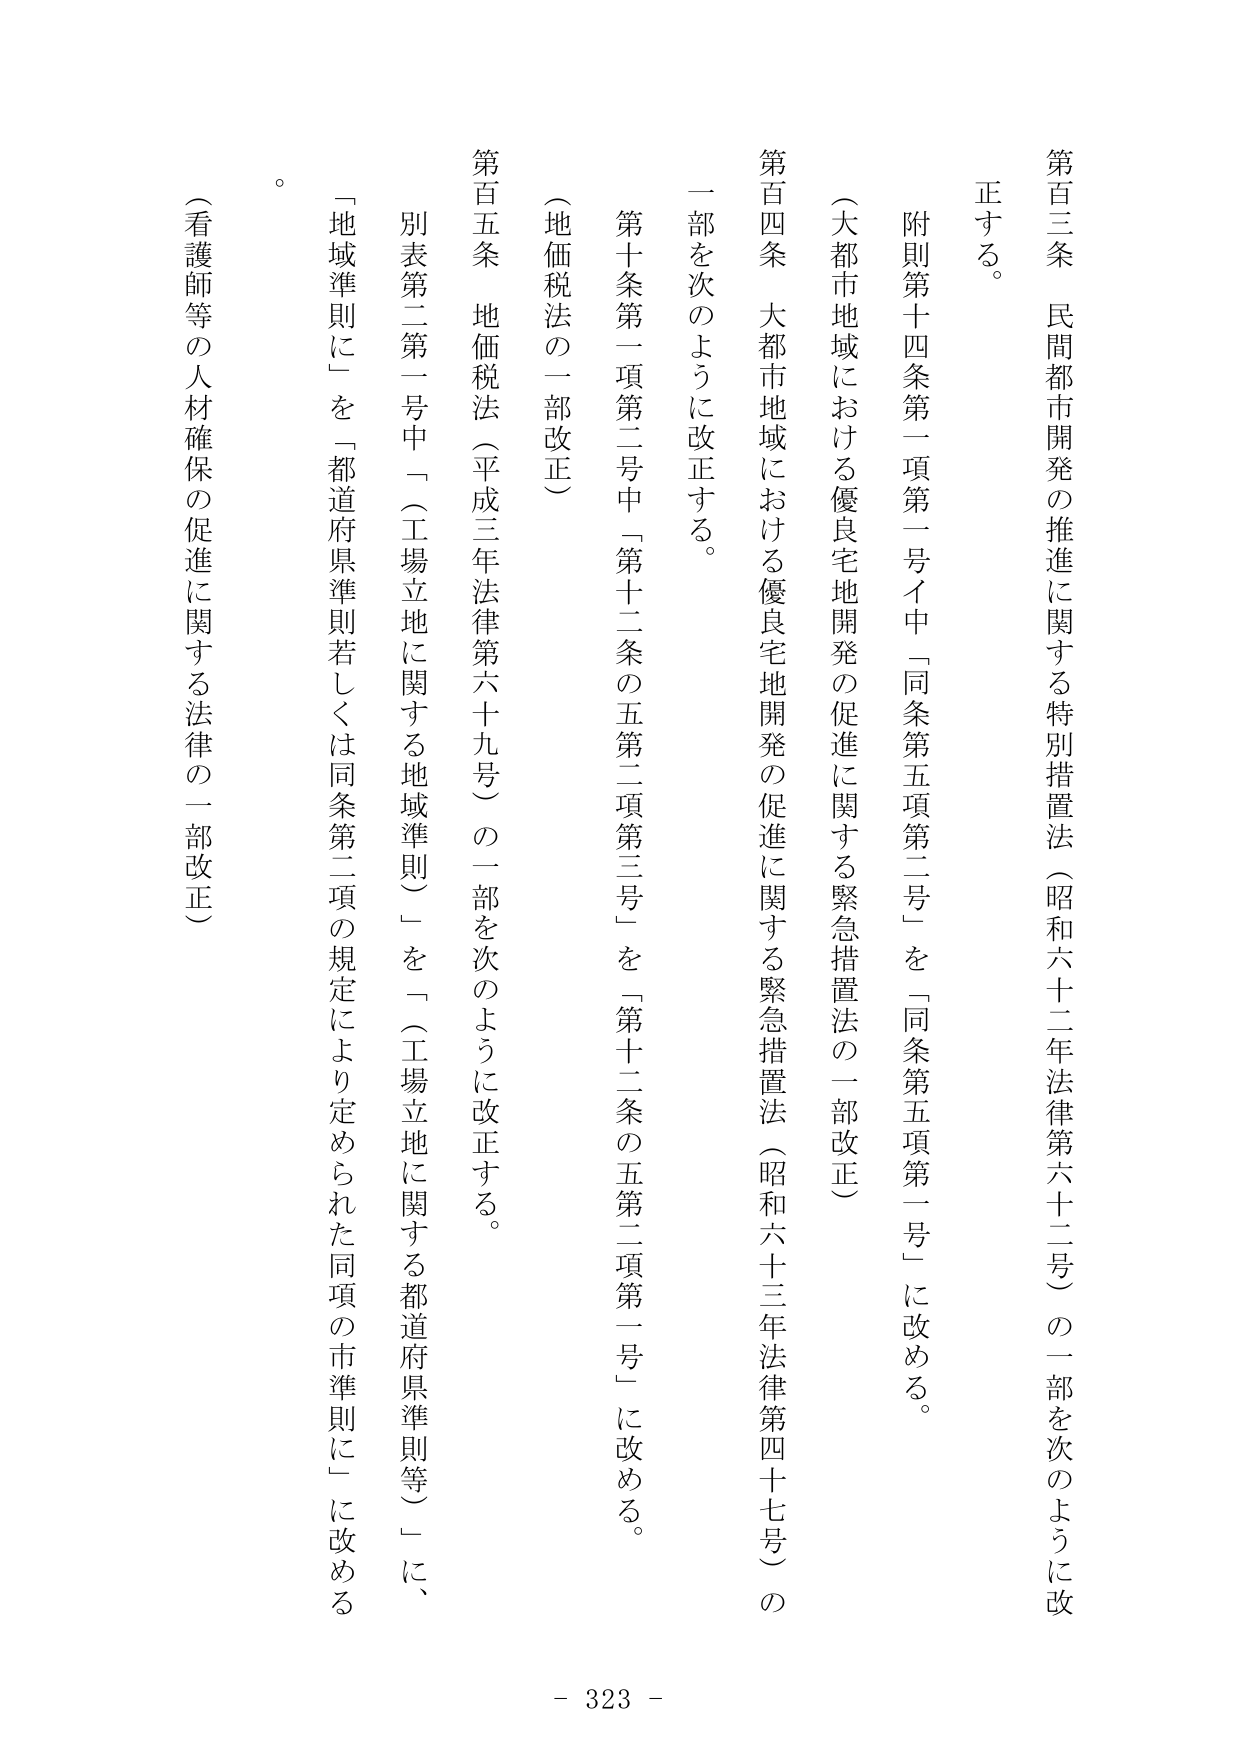
第百三条　民間都市開発の推進に関する特別措置法（昭和六十二年法律第六十二号）の一部を次のように改正する。

　附則第十四条第一項第一号イ中「同条第五項第二号」を「同条第五項第一号」に改める。

（大都市地域における優良宅地開発の促進に関する緊急措置法の一部改正）

第百四条　大都市地域における優良宅地開発の促進に関する緊急措置法（昭和六十三年法律第四十七号）の一部を次のように改正する。

　第十条第一項第二号中「第十二条の五第二項第三号」を「第十二条の五第二項第一号」に改める。

（地価税法の一部改正）

第百五条　地価税法（平成三年法律第六十九号）の一部を次のように改正する。

　別表第二第一号中「（工場立地に関する地域準則）」を「（工場立地に関する都道府県準則等）」に、「地域準則に」を「都道府県準則若しくは同条第二項の規定により定められた同項の市準則に」に改める。

（看護師等の人材確保の促進に関する法律の一部改正）

。

- 323 -